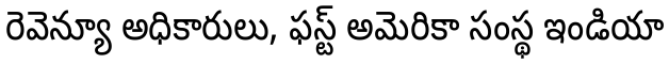
రెవెన్యూ అధికారులు, ఫస్ట్ అమెరికా సంస్థ ఇండియా